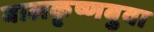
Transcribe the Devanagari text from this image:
बालकृष्णबुवा